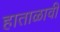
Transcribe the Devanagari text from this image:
हाताळावी